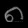
Digit: ၈